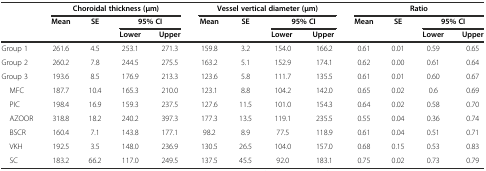
<table><thead><tr><td rowspan="3"></td><td colspan="4"><b>Choroidal thickness (μm)</b></td><td colspan="4"><b>Vessel vertical diameter (μm)</b></td><td colspan="4"><b>Ratio</b></td></tr><tr><td rowspan="2"><b>Mean</b></td><td rowspan="2"><b>SE</b></td><td colspan="2"><b>95% CI</b></td><td rowspan="2"><b>Mean</b></td><td rowspan="2"><b>SE</b></td><td colspan="2"><b>95% CI</b></td><td rowspan="2"><b>Mean</b></td><td rowspan="2"><b>SE</b></td><td colspan="2"><b>95% CI</b></td></tr><tr><td><b>Lower</b></td><td><b>Upper</b></td><td><b>Lower</b></td><td><b>Upper</b></td><td><b>Lower</b></td><td><b>Upper</b></td></tr></thead><tbody><tr><td>Group 1</td><td>261.6</td><td>4.5</td><td>253.1</td><td>271.3</td><td>159.8</td><td>3.2</td><td>154.0</td><td>166.2</td><td>0.61</td><td>0.01</td><td>0.59</td><td>0.65</td></tr><tr><td>Group 2</td><td>260.2</td><td>7.8</td><td>244.5</td><td>275.5</td><td>163.2</td><td>5.1</td><td>152.9</td><td>174.1</td><td>0.62</td><td>0.00</td><td>0.61</td><td>0.64</td></tr><tr><td>Group 3</td><td>193.6</td><td>8.5</td><td>176.9</td><td>213.3</td><td>123.6</td><td>5.8</td><td>111.7</td><td>135.5</td><td>0.61</td><td>0.01</td><td>0.60</td><td>0.67</td></tr><tr><td> MFC</td><td>187.7</td><td>10.4</td><td>165.3</td><td>210.0</td><td>123.1</td><td>8.8</td><td>104.2</td><td>142.0</td><td>0.65</td><td>0.02</td><td>0.6</td><td>0.69</td></tr><tr><td> PIC</td><td>198.4</td><td>16.9</td><td>159.3</td><td>237.5</td><td>127.6</td><td>11.5</td><td>101.0</td><td>154.3</td><td>0.64</td><td>0.02</td><td>0.58</td><td>0.70</td></tr><tr><td> AZOOR</td><td>318.8</td><td>18.2</td><td>240.2</td><td>397.3</td><td>177.3</td><td>13.5</td><td>119.1</td><td>235.5</td><td>0.55</td><td>0.04</td><td>0.36</td><td>0.74</td></tr><tr><td> BSCR</td><td>160.4</td><td>7.1</td><td>143.8</td><td>177.1</td><td>98.2</td><td>8.9</td><td>77.5</td><td>118.9</td><td>0.61</td><td>0.04</td><td>0.51</td><td>0.71</td></tr><tr><td> VKH</td><td>192.5</td><td>3.5</td><td>148.0</td><td>236.9</td><td>130.5</td><td>26.5</td><td>104.0</td><td>157.0</td><td>0.68</td><td>0.15</td><td>0.53</td><td>0.83</td></tr><tr><td> SC</td><td>183.2</td><td>66.2</td><td>117.0</td><td>249.5</td><td>137.5</td><td>45.5</td><td>92.0</td><td>183.1</td><td>0.75</td><td>0.02</td><td>0.73</td><td>0.79</td></tr></tbody></table>